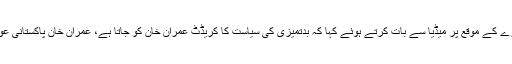
صوبائی وزیراطلاعات اور پیپلزپارٹی کے رہنماء شرجیل میمن نے باغ جناح کے دورے کے موقع پر میڈیا سے بات کرتے ہوئے کہا کہ بدتمیزی کی سیاست کا کریڈٹ عمران خان کو جاتا ہے، عمران خان پاکستانی عوام کی قدر کرنا سیکھیں، عمران خان کا عوام کو زندہ لاش کہنے کی مذمت کرتے ہیں۔